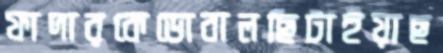
ফাদারকেডোবালছিটাইয়াছ